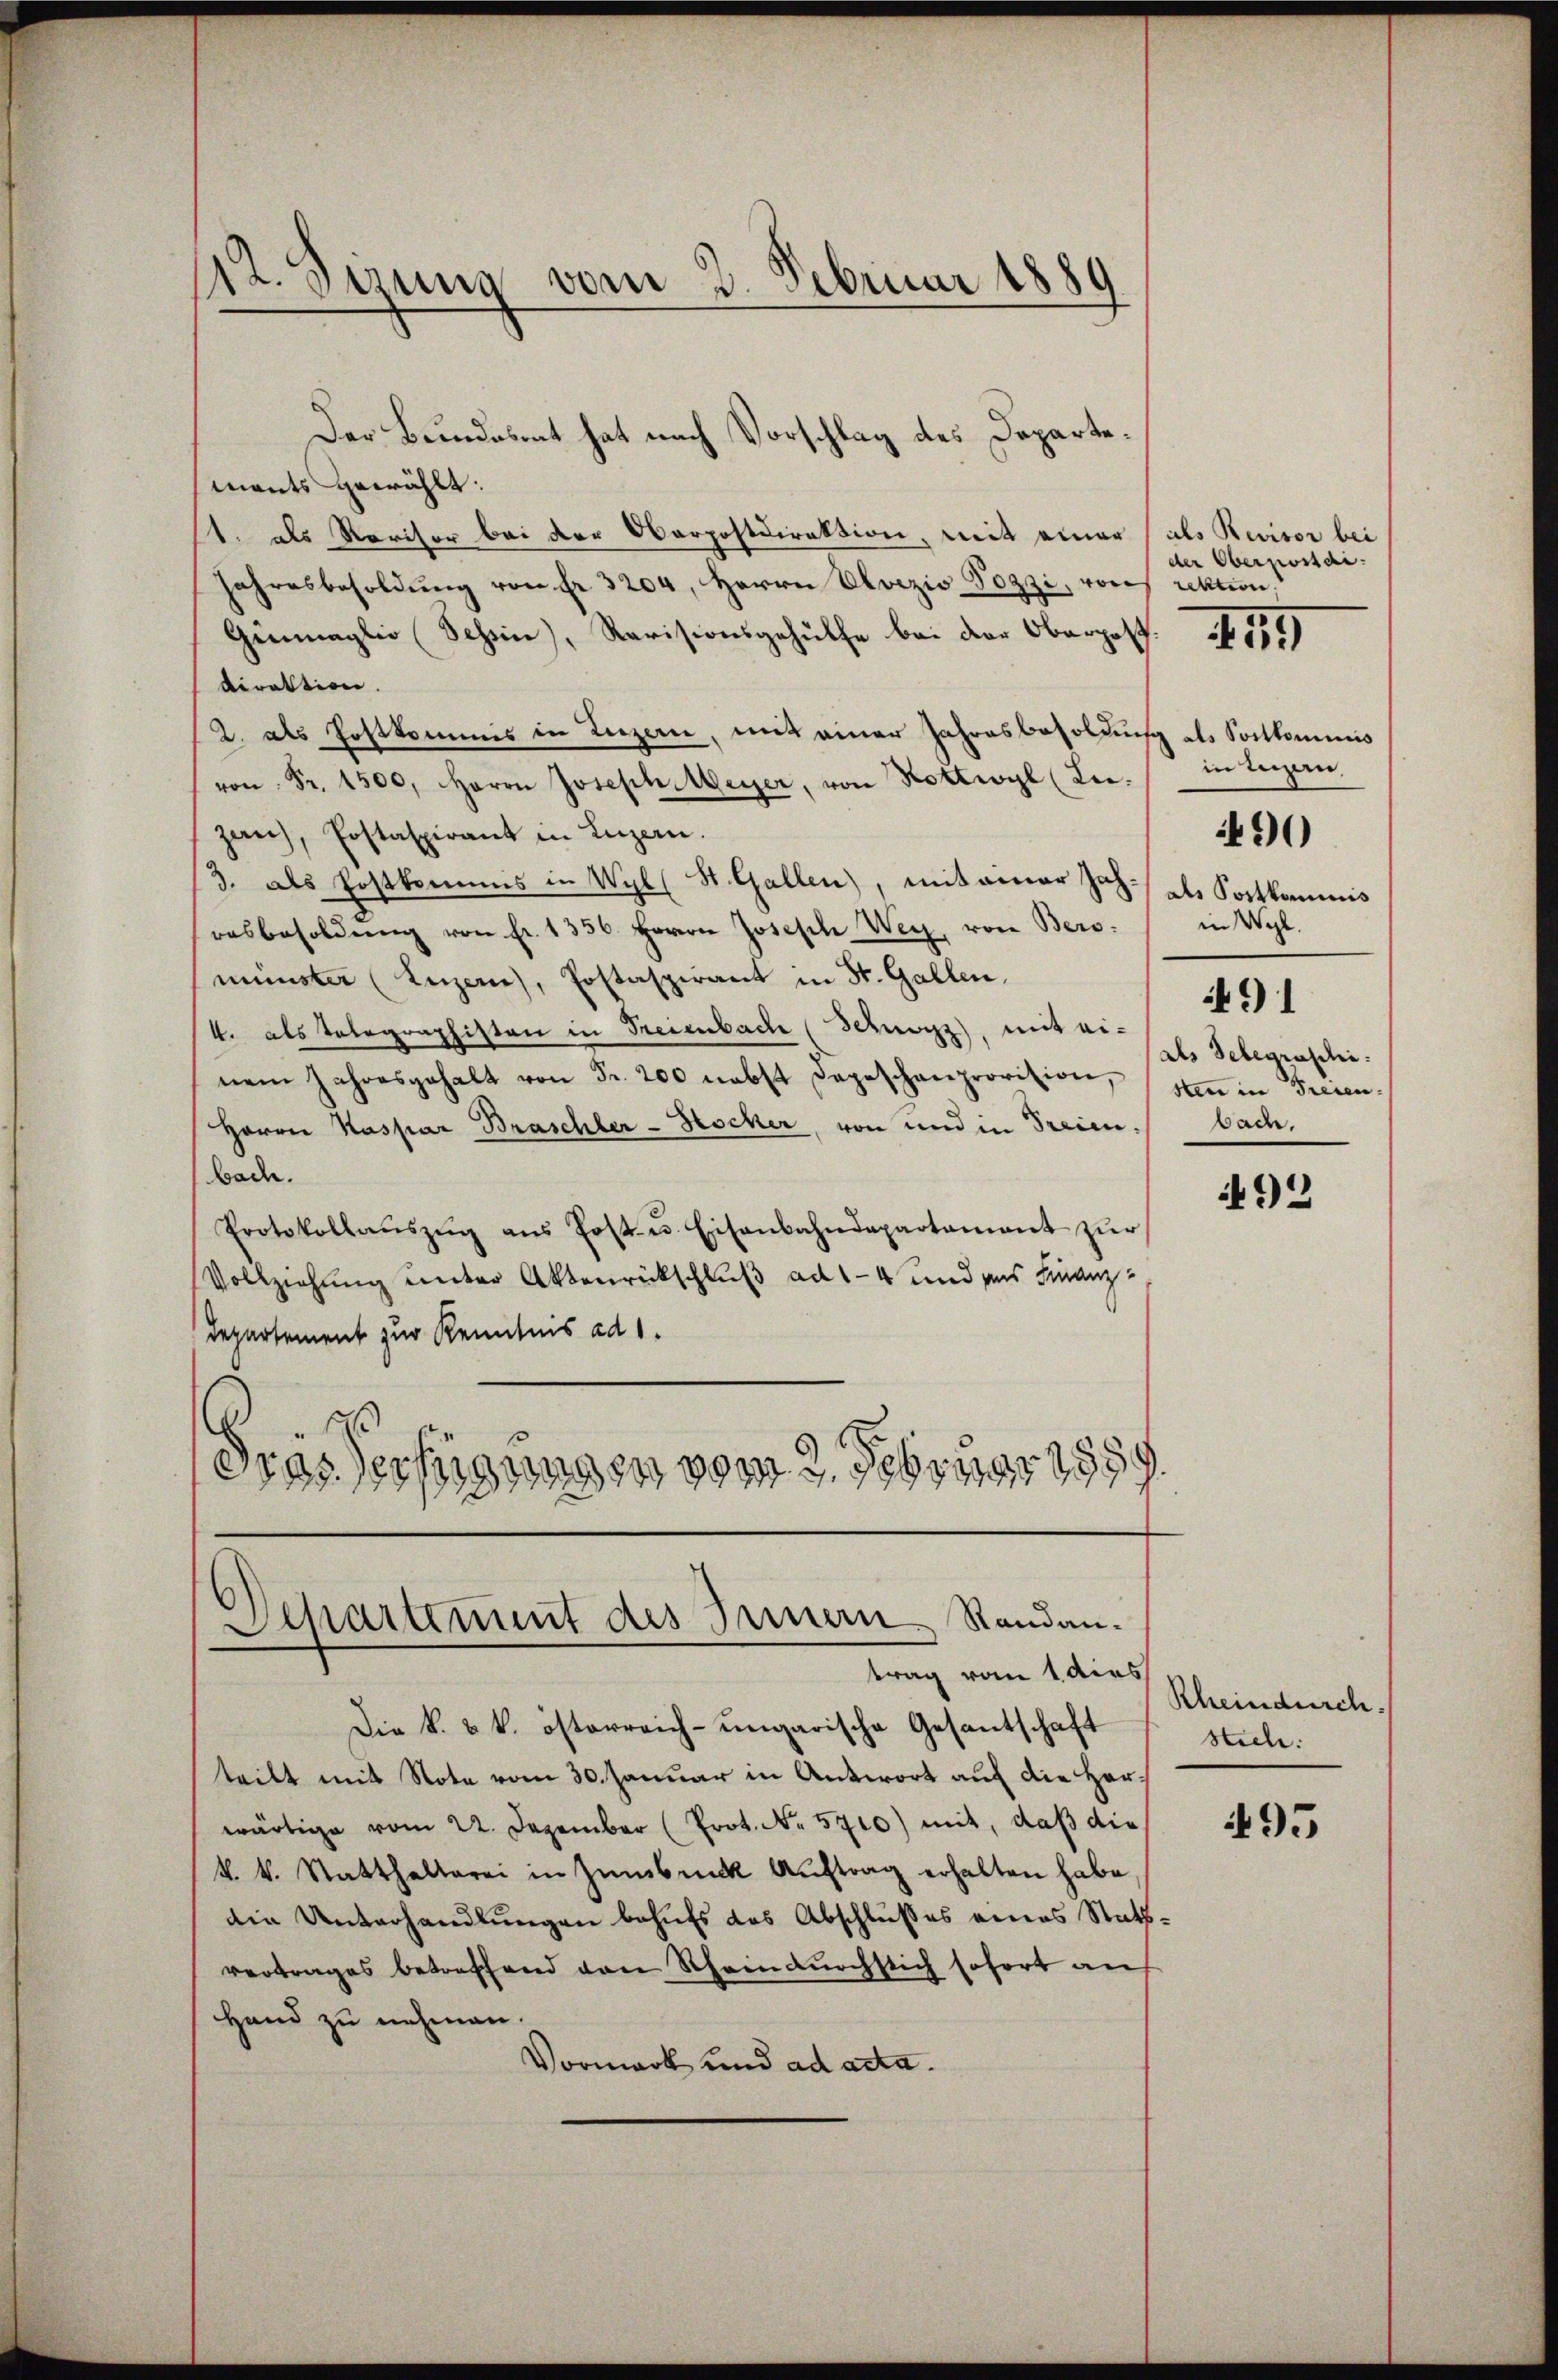
Der Bundesrat hat nach Vorschlag des Departemants gewählt.
1. als Revisor bei der Oberpostdirektion, mit einer (als Revisor bei
Jahresbesoldŭng von fr. 3204, Herrn Ulvizio Pozzi, von rektion,
Genmaglio (Schin), Revisionsgehülfe bei der Oberpost.
direktion.
2. als Postkommis in Luzern, mit einer Jahresbesoldung als Sortkommis
 Fr. 1500. Herrn Joseph Meyer, von Hottwyl (Le.
zau, Erstaspirant in Luzern.
3. als Postkommis in Wyll St. Gallen, mit ainer Joh. des Portkommis
resbesoldŭng von Fr. 1336. Herrn Joseph Weg, von Bero-
münster (Luzern, Erstaspirant in St. Gallen.
4. als Telegraphisten in Freienbach (Schwarz, mit ei-
nem Jahresgehalt von Fr. 200 nebst Depeschanprovition, sten in Freven¬
Herrn Kaspar Braschler-Hocher, von und in Freien.
bade.
Protokollaŭszŭg ans Post- u. Eisenbahndepartamant zŭr
Vollziehung unter Aktenrückschluß ad 14 und aus Finanz
Departement zur Kenntnis ad 1.
Gras Verfügungen vom 2. Februar 1859.

12. Sizung vom 3. Februar 1889

Separtement des Innern Randantrag vom 1 dies

der Oberpostdi

Die k. u. k. österreich-ungarische Gesantschaft
teilt mit Note vom 30. Januar in Antwort auf die Herwärtige vom 22. Dezember (Prot. No. 5710) mit, daß die
k. k. Statthalterei in Zŭmbeck Aŭftrag erhalten habe,
die Unterhandlungen behufs das Abschlußes eines Stattvertrages betreffend von Schein durchsich sofort an
Hand zu nehmen.
Vormark und ad acta.

57

in Luzern.
in Wyl.
91
als Selegraschi
bad.

490

92

Rheindurch.
stich.

495